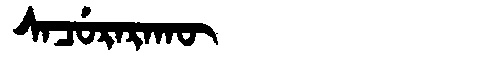
Manchu: ᠰᠠᠴᡠᡵᠠᡵᠠᡴᡡ
Romanization: SACURARAKŪ